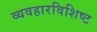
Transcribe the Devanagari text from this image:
व्यवहारविशिष्ट